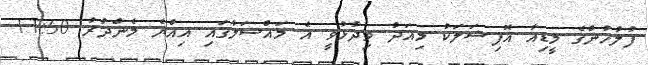
ފުލުހުންގެ މީޑިއާ އޮފިޝަލަކު މިއަދު ވިދާޅުވީ އެ މައްސަލާގައި އިއްޔެ މެންދުރު 11:50